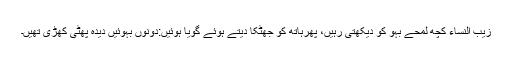
زیب النساء کچھ لمحے بہو کو دیکھتی رہیں، پھرہاتھ کو جھٹکا دیتے ہوئے گویا ہوئیں:دونوں بہوئیں دیدہ پھٹی کھڑی تھیں۔